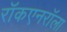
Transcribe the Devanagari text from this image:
राॅकएनराॅला